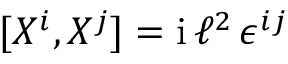
[ X ^ { i } , X ^ { j } ] = \ensuremath { \mathrm { i } } \, \ell ^ { 2 } \, \epsilon ^ { i j }